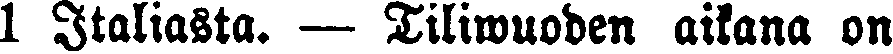
1 Italiasta. — Tiliwuoden aikana on